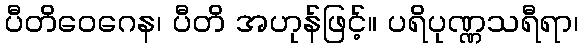
ပီတိဝေဂေန၊ ပီတိ အဟုန်ဖြင့်။ ပရိပုဏ္ဏသရီရာ၊